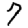
Digit: 7